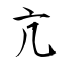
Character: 亢